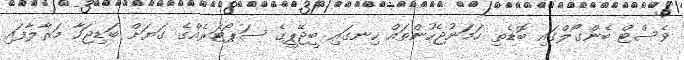
ވެސްޓް ބެންގޯލްގައި ބޮޑެތި ހަމަނުޖެހުންތައް ހިނގައި ބީޖޭޕީގެ ސަޕޯޓަރެއްގެ ގަޔަށް ބަޑިޖަހާ މަރާލާފައި